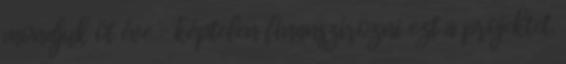
mondjuk öt éve – képtelen finanszírozni ezt a projektet.